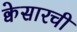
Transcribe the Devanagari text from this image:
क्वेसारची